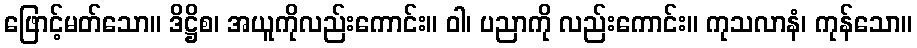
ဖြောင့်မတ်သော။ ဒိဋ္ဌိစ၊ အယူကိုလည်းကောင်း။ ဝါ၊ ပညာကို လည်းကောင်း။ ကုသလာနံ၊ ကုန်သော။